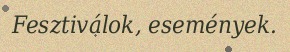
Fesztiválok, események.